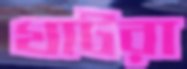
খাটরা